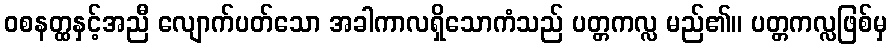
ဝစနတ္ထနှင့်အညီ လျောက်ပတ်သော အခါကာလရှိသောကံသည် ပတ္တကလ္လ မည်၏။ ပတ္တကလ္လဖြစ်မှ